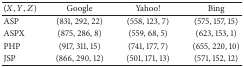
<table><thead><tr><td><b>(<i>X</i>, <i>Y</i>, <i>Z</i>)</b></td><td><b>Google</b></td><td><b>Yahoo!</b></td><td><b>Bing</b></td></tr></thead><tbody><tr><td>ASP</td><td>(831, 292, 22)</td><td>(558, 123, 7)</td><td>(575, 157, 15)</td></tr><tr><td>ASPX</td><td>(875, 286, 8)</td><td>(559, 68, 5)</td><td>(623, 153, 1)</td></tr><tr><td>PHP</td><td>(917, 311, 15)</td><td>(741, 177, 7)</td><td>(655, 220, 10)</td></tr><tr><td>JSP</td><td>(866, 290, 12)</td><td>(501, 171, 13)</td><td>(571, 152, 12)</td></tr></tbody></table>